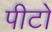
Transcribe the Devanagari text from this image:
पीटो